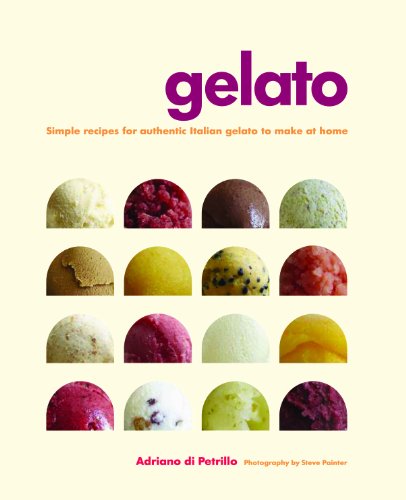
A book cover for Gelato; Adriano Di Petrillo; Cookbooks, Food & Wine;